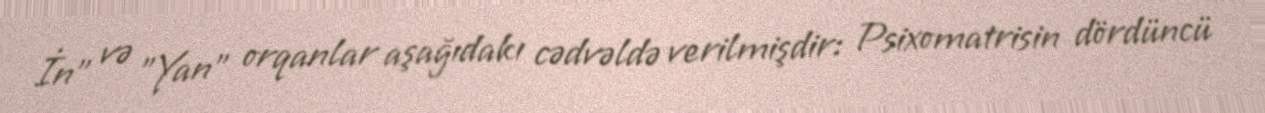
İn" və "Yan" orqanlar aşağıdakı cədvəldə verilmişdir: Psixomatrisin dördüncü